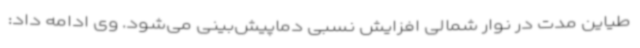
طیاین مدت در نوار شمالی افزایش نسبی دماپیش‌بینی می‌شود. وی ادامه داد: